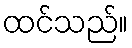
ထင်သည်။